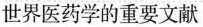
世界医药学的重要文献